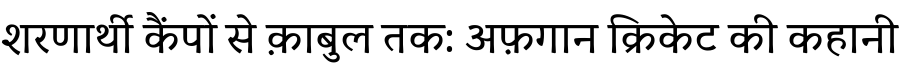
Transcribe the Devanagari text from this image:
शरणार्थी कैंपों से क़ाबुल तक: अफ़गान क्रिकेट की कहानी